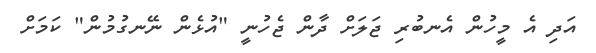
އަދި އެ މީހުން އެނބުރި ޖަލަށް ދާން ޖެހުނީ "އުޅެން ނޭނގުމުން" ކަމަށް